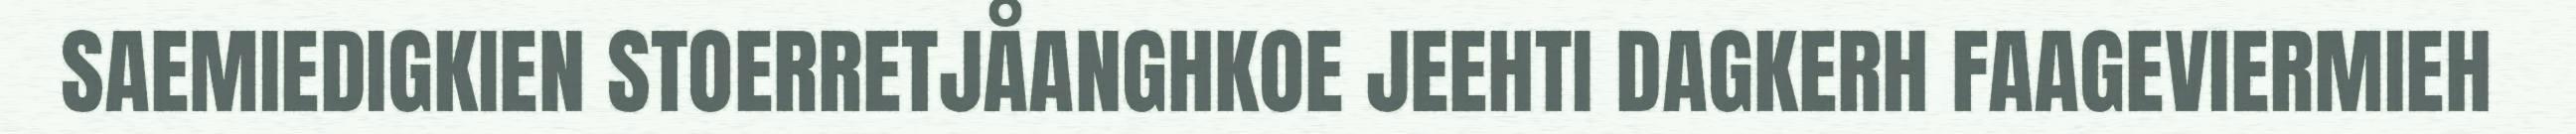
SAEMIEDIGKIEN STOERRETJÅANGHKOE JEEHTI DAGKERH FAAGEVIERMIEH